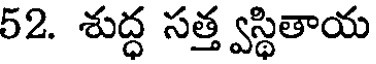
52. శుద్ధ సత్త్వస్థితాయ